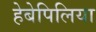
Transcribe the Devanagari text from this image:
हेबेपिलिया